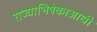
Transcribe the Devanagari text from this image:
राज्याभिषेकाआधी